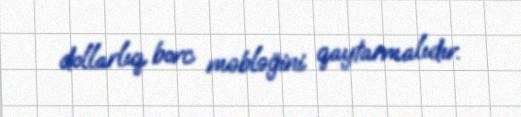
dollarlıq borc məbləğini qaytarmalıdır.